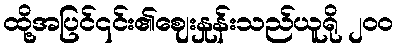
ထို့အပြင်၎င်း၏ဈေးနှုန်းသည်ယူရို ၂၀၀